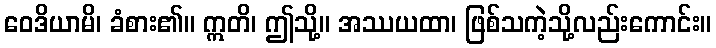
ဝေဒိယာမိ၊ ခံစား၏။ ဣတိ၊ ဤသို့။ အဿယထာ၊ ဖြစ်သကဲ့သို့လည်းကောင်း။